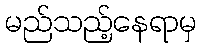
မည်သည့်နေရာမှ